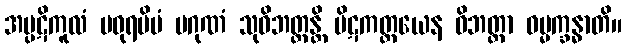
အပ္ပဋိကူလံ မဓုရမိမံ ပဂုဏံ သုဝိဘတ္တန္တိ ပိဋကတ္တယေန ဝိဘတ္တာ ဓမ္မက္ခန္ဓာတိ။